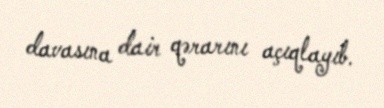
davasına dair qərarını açıqlayıb.